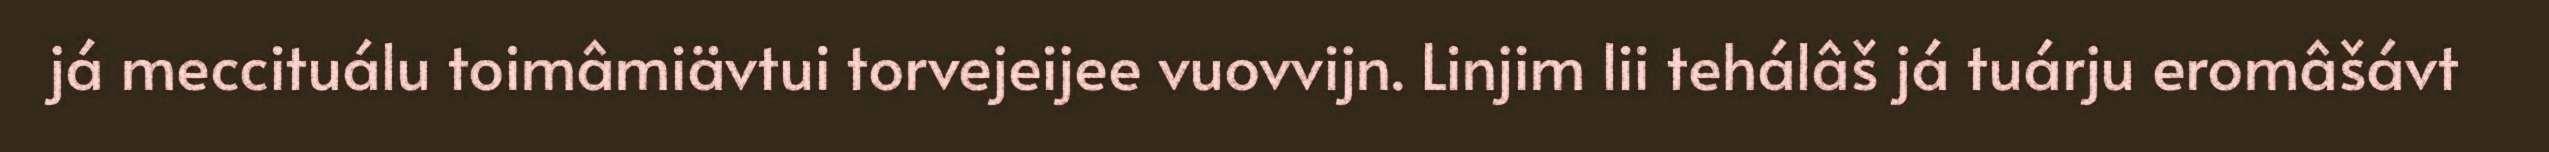
já meccituálu toimâmiävtui torvejeijee vuovvijn. Linjim lii tehálâš já tuárju eromâšávt